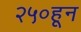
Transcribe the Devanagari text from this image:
२५०हून